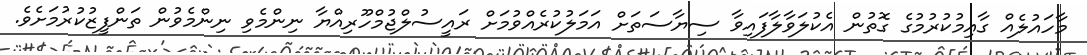
މާހައުލެއް ގާއިމުކުރުމުގެ ގޮތުން އެކުލަވާލާފައިވާ ސިޔާސަތަށް އަމަލުކުރެއްވުމަށް ރައީސުލްޖުމްހޫރިއްޔާ ނިންމެވި ނިންމެވުން ތަންފީޒުކުރުމަށެވެ.